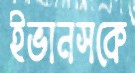
ইভানসকে